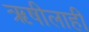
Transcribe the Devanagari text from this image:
ऋषीलाही